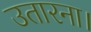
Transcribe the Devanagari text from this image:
उतारना।